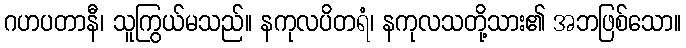
ဂဟပတာနီ၊ သူကြွယ်မသည်။ နကုလပိတရံ၊ နကုလသတို့သား၏ အဘဖြစ်သော။